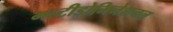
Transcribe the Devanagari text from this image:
मल्टीडोमिनेशनल